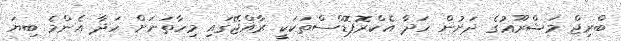
ބްރިޖް މަޝްރޫޢުގެ ދަށުން ހަދާ އެކްރޮޕޮޑްސްތަކަކީ ރާއްޖޭގައި މިހާތަނަށް ހަދާ އެންމެ ބިޔަ